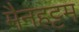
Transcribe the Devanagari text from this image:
मैनहट्टम